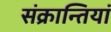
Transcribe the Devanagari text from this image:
संक्रान्तियां